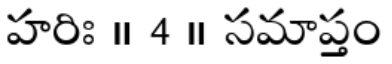
హరిః ॥ 4 ॥ సమాప్తం